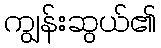
ကျွန်းဆွယ်၏